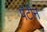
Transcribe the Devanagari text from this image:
पॅटीन